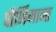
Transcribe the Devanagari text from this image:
पौर्णिमान्त्त